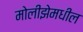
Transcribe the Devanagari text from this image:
मोलीझेमधील